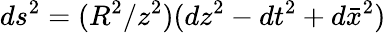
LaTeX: ds^{2}=(R^{2}/z^{2})(dz^{2}-dt^{2}+d\bar{x}^{2})